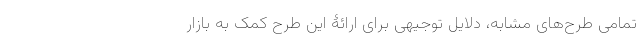
تمامی طرح‌های مشابه، دلایل توجیهی برای ارائۀ این طرح کمک به بازار